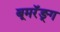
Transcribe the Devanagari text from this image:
बूमरॅङ्ग